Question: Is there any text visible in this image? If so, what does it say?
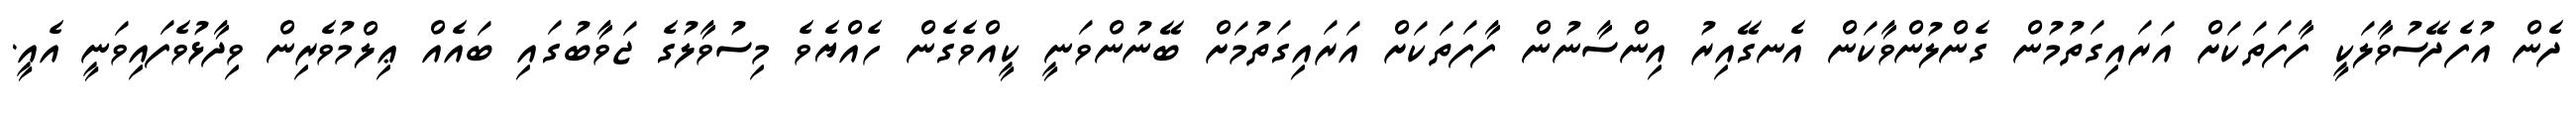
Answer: ދެން އުފެދޭސުވާލަކީ ފާފަތަކަށް އަރައިގަތުމުން ގެންލުންވާކަން އެނގޭއިރު އިންސާނުން ފާފަތަކަށް އަރައިގަތުމަށް ބޭނުންވަނީ ކީއްވެގެން ހެއްޔެވެ މިސުވާލުގެ ޖަވާބުގައި ބައެއް ޢިލްމުވެރިން ވިދާޅުވެފައިވަނީ އެއީ.